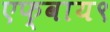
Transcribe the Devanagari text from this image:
एफ्‌वाय९